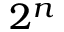
2 ^ { n }